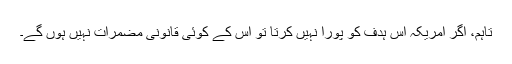
تاہم، اگر امریکہ اس ہدف کو پورا نہیں کرتا تو اس کے کوئی قانونی مضمرات نہیں ہوں گے۔